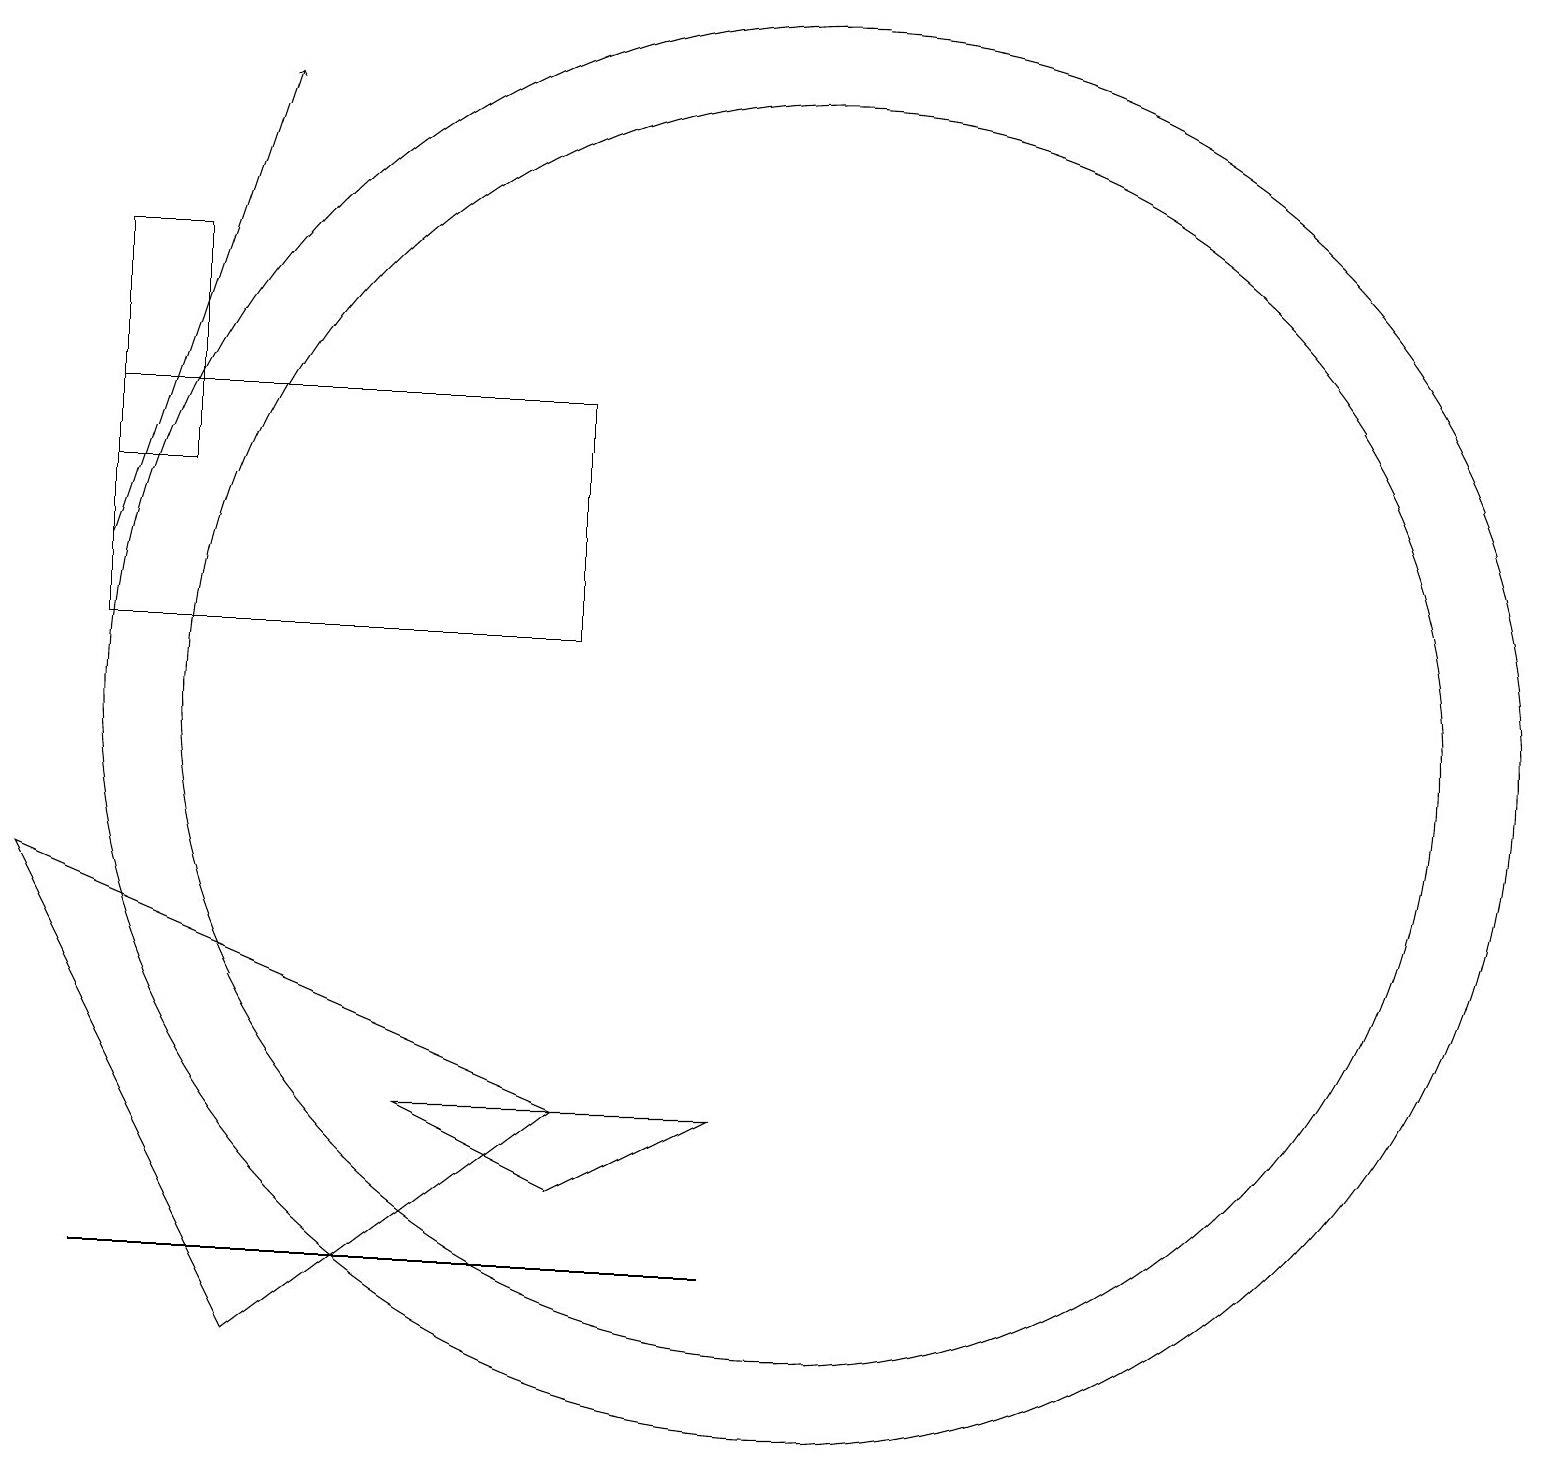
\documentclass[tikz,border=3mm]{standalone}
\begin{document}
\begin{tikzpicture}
\draw (7,5) -- (9,6) -- (5,6) -- cycle;
\draw[->] (1,13) -- (3,19);
\draw (10,11) circle (8);
\draw (10,11) circle (9);
\draw (1,15) rectangle (7,12);
\draw (3,3) -- (0,9) -- (7,6) -- cycle;
\draw (1,4) -- (5,4) -- (9,4) -- cycle;
\draw (1,14) rectangle (2,17);
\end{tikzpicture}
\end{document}